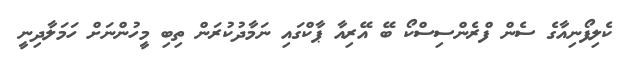
ކެލިފޯނިއާގެ ސެން ފްރެންސިސްކޯ ބޭ އޭރިއާ ޕާކްގައި ނަމާދުކުރަން ތިބި މީހުންނަށް ހަމަލާދިނީ